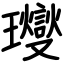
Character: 𤫉